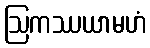
ဩကဿယာမဟံ